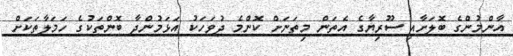
އާންމުންގެ ބޮލަށާއި ސޫރިޔާގެ އެތަން މިތަނަށް ކޮންމެ ދުވަހަކު އަޅަމުންދާ ބޮންތަކުގެ ހަމަލާތަކަށް